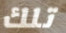
تلك